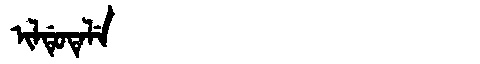
Manchu: ᡳᠯᡩᡠᡨᡝᠯᡝ
Romanization: ILDUTELE